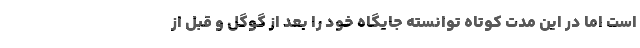
است اما در این مدت کوتاه توانسته جایگاه خود را بعد از گوگل و قبل از